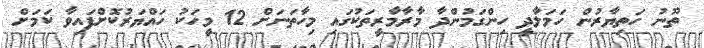
ތޫނު ހަތިޔާރުން ހަމަލާދީ ހިންގަމުންދާ މާރާމާރީތަކުގައި މިހާތަނަށް 12 މީހަކު ހައްޔަރުކޮށްފައިވާ ކަމަށް